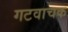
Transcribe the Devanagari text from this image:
गटवाचक